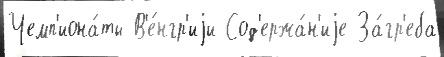
Чемп'иона́ты В'е́нгр'иjи Сод'ержа́н'иjе За́гр'еба